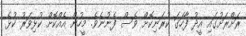
ރަށްރަށުގައި އީދު ފާހަގަ ކުރަނިކޮށް ވެސް ފެނުނެވެ. މީހުން އެއްކޮށް ކުޅިވަރު ކުޅެ